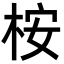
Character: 桉